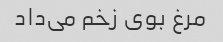
مرغ بوی زخم می‌داد